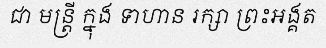
ជា មន្ត្រី ក្នុង ទាហាន រក្សា ព្រះអង្គត